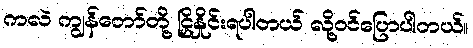
ကလဲ ကျွန်တော်တို့ ငြှိနှိုင်းရပါတယ် လို့ဝင်ပြောပါတယ်။